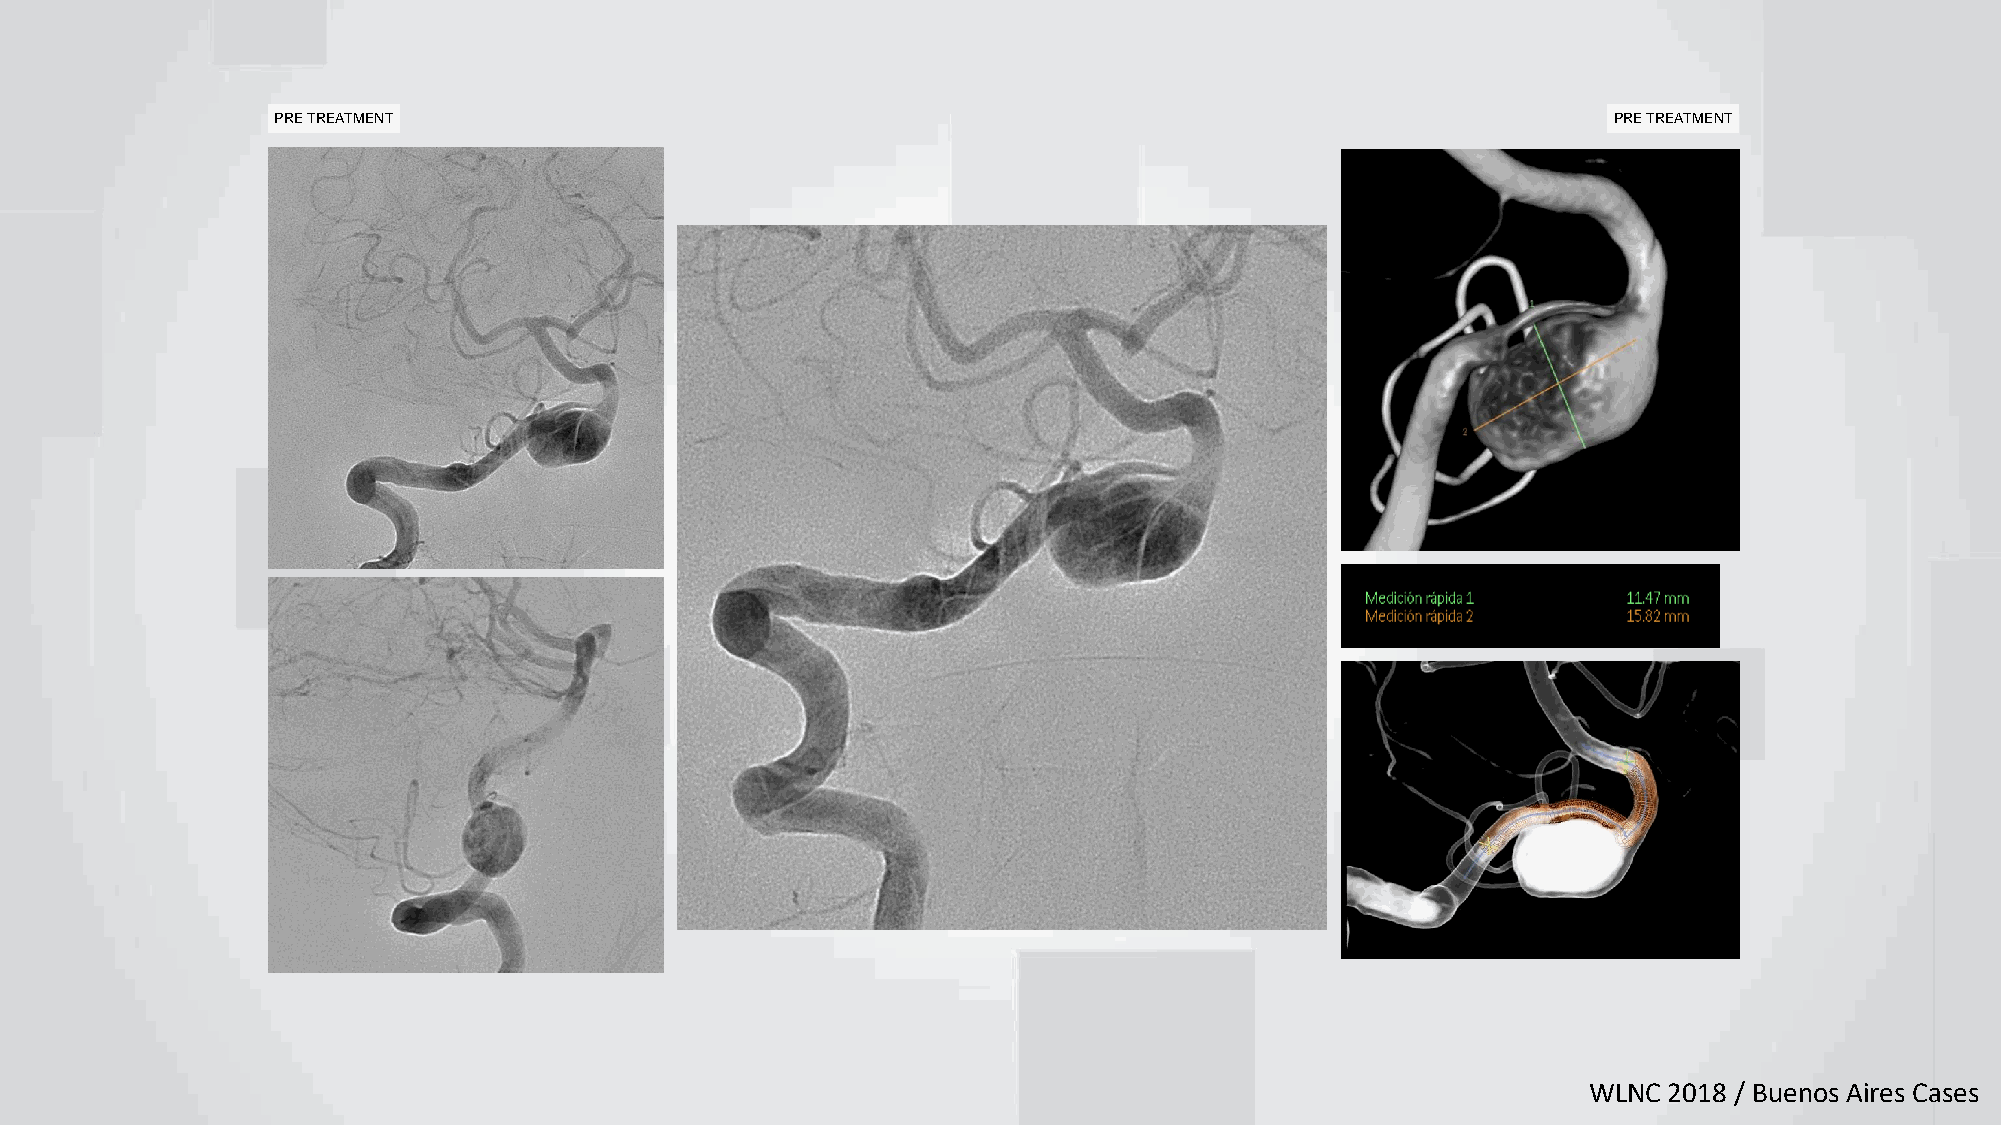
PRE TREATMENT                                                                            PRE TREATMENT
 WLNC 2018 / Buenos Aires Cases